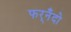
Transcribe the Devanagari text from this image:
फर्‌नँदो